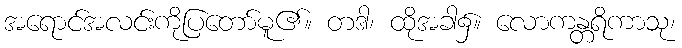
အရောင်အလင်းကိုပြတော်မူ၏။ တဒါ၊ ထိုအခါ၌။ လောကန္တရိကာသု၊